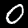
Label: 0